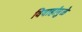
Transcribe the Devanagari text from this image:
विवाहांमुळे